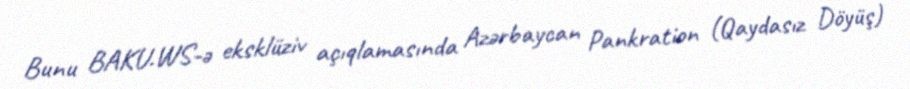
Bunu BAKU.WS-ə eksklüziv açıqlamasında Azərbaycan Pankration (Qaydasız Döyüş)